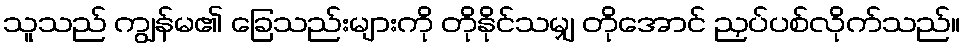
သူသည် ကျွန်မ၏ ခြေသည်းများကို တိုနိုင်သမျှ တိုအောင် ညှပ်ပစ်လိုက်သည်။